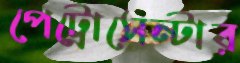
পেট্রোসেন্টার